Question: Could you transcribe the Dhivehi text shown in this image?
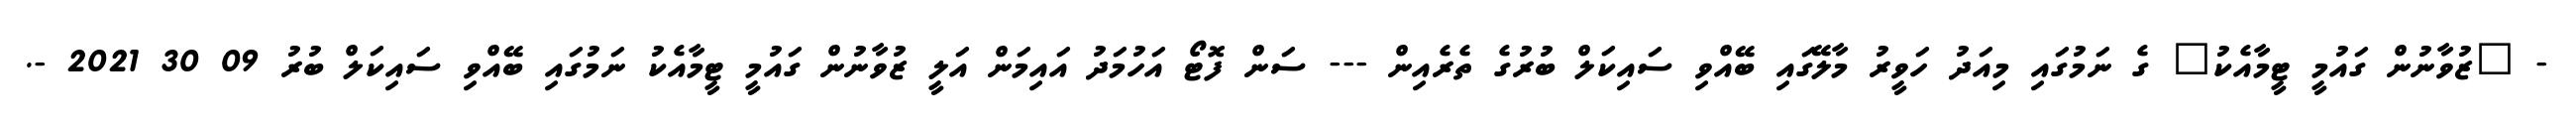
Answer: - "ޒުވާނުން ގައުމީ ޓީމާއެކު" ގެ ނަމުގައި މިއަދު ހަވީރު މާލޭގައި ބޭއްވި ސައިކަލް ބުރުގެ ތެރެއިން --- ސަން ފޮޓޯ އަހުމަދު އައިމަން އަލީ ޒުވާނުން ގައުމީ ޓީމާއެކު ނަމުގައި ބޭއްވި ސައިކަލް ބުރު 09 30 2021 -.